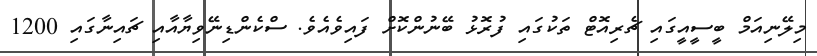
މިލޭނިއަމް ބީސީއީގައި ޗެރިއޮޓް ތަކުގައި ފުރޮޅު ބޭނުންކޮށް ފައިވެއެވެ. ސްކެންޑިނޭވިޔާއާއި ޗައިނާގައި 1200